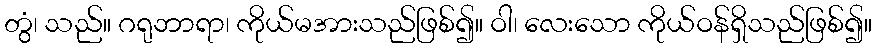
တွံ၊ သည်။ ဂရုဘာရာ၊ ကိုယ်မအားသည်ဖြစ်၍။ ဝါ၊ လေးသော ကိုယ်ဝန်ရှိသည်ဖြစ်၍။